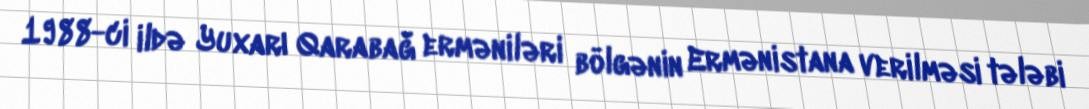
1988-ci ildə Yuxarı Qarabağ erməniləri bölgənin Ermənistana verilməsi tələbi